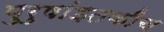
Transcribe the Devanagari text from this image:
पुरुषांइतकीच